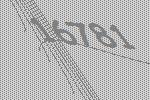
16781